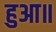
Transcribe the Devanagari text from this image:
हुआ॥